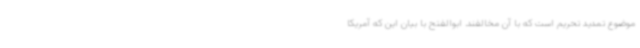
موضوع تمدید تحریم است که با آن مخالفند. ابوالفتح با بیان این که آمریکا